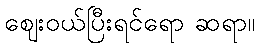
ဈေးဝယ်ပြီးရင်ရော ဆရာ။